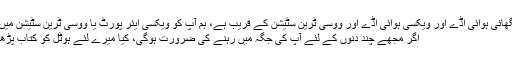
A: ہمارے فیکٹری شنگھائی ہوائی اڈے اور ویکسی ہوائی اڈے اور ووسی ٹرین سٹیشن کے قریب ہے، ہم آپ کو ویکسی ایئر پورٹ یا ووسی ٹرین سٹیشن میں لے سکتے ہیں.
4.Q: اگر مجھے چند دنوں کے لئے آپ کی جگہ میں رہنے کی ضرورت ہوگی، کیا میرے لئے ہوٹل کو کتاب پڑھنا ممکن ہے؟